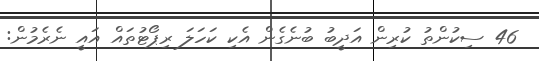
46 ސިކުންތު ކުރިން އަދީބު ބުނެގެން އެކި ކަހަލަ ރިޕޯޓުތައް އައީ ނެރެމުން: